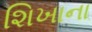
શિખાના